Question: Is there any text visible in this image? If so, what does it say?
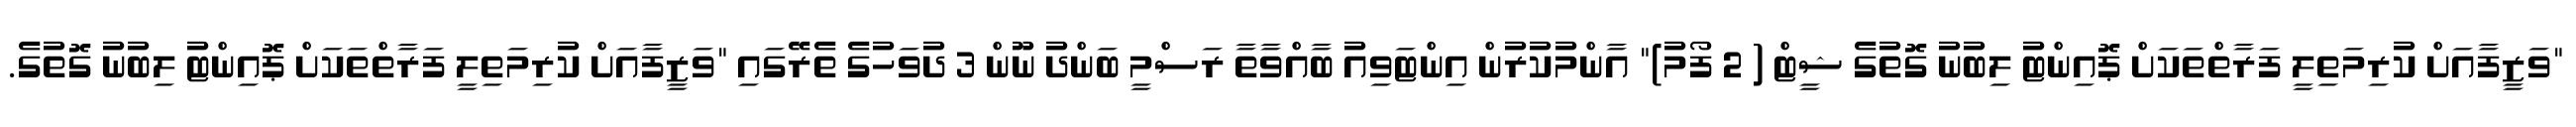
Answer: "ވަޒީފާއަށް ކުރިމަތިލީ ފަރާތްތަކަށް ޕޮއިންޓު ލިބުނު ގޮތުގެ ޝީޓް ( 2 ފޯމު)" އާންމުކުރުން އިންޓަވިއު ބާއްވާތާ ރަސްމީ ބަންދު ނޫން 3 ދުވަހުގެ ތެރޭގައި "ވަޒީފާއަށް ކުރިމަތިލީ ފަރާތްތަކަށް ޕޮއިންޓު ލިބުނު ގޮތުގެ.